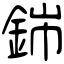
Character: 銟